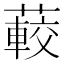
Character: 𦽨